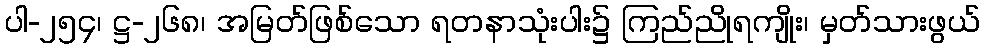
ပါ-၂၅၄၊ ဋ္ဌ-၂၆၈၊ အမြတ်ဖြစ်သော ရတနာသုံးပါး၌ ကြည်ညိုရကျိုး၊ မှတ်သားဖွယ်